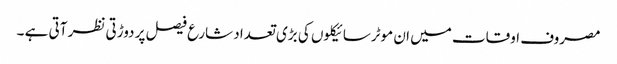
مصروف اوقات میں ان موٹرسائیکلوں کی بڑی تعداد شارع فیصل پر دوڑتی نظر آتی ہے ۔